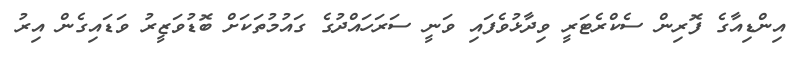
އިންޑިއާގެ ފޮރިން ސެކްރެޓަރީ ވިދާޅުވެފައި ވަނީ ސަރަހައްދުގެ ގައުމުތަކަށް ބޮޑުވަޒީރު ވަޑައިގެން އިރު